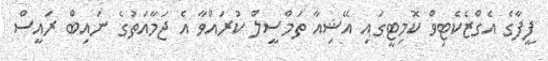
ފީފާގެ އެގްޒެކެޓިވް ކޮމިޓީގައި އޭޝިއާ ތަމްސީލް ކުރައްވާ އެ ޖަމާއަތުގެ ނައިބް ރައީސް